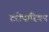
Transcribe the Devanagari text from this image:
टरोपारियन